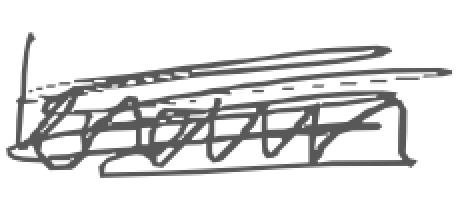
Text: known
Cross-out: scratch
Writing tool: digital_gray